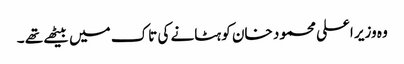
وہ وزیر اعلی محمود خان کو ہٹانے کی تاک میں بیٹھے تھے ۔